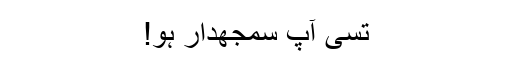
تسی آپ سمجھدار ہو!